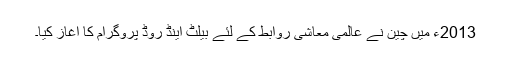
2013ء میں چین نے عالمی معاشی روابط کے لئے بیلٹ اینڈ روڈ پروگرام کا آغاز کیا۔